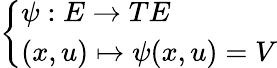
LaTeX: \left\{ \begin{array}{ll}{\psi:E\to TE}\\ {(x,u)\mapsto\psi(x,u)=V}\end{array}\right.